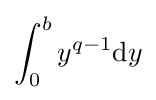
\int _{0}^{b}y^{q-1}\mathrm {d} y